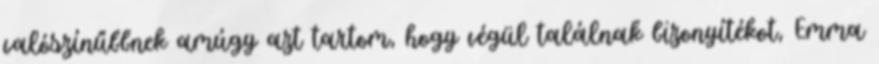
valószínűbbnek amúgy azt tartom, hogy végül találnak bizonyítékot, Emma